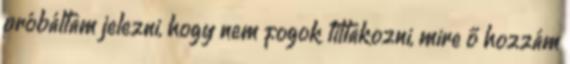
próbáltam jelezni, hogy nem fogok tiltakozni, mire ő hozzám